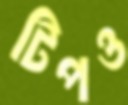
টিপও